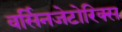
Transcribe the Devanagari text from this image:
वर्सिनजेटोरिक्स